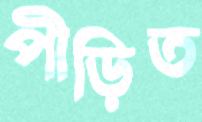
পীড়িত